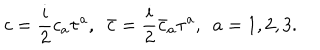
c = \frac { i } { 2 } c _ { a } \tau ^ { a } , ~ ~ \bar { c } = \frac { i } { 2 } \bar { c } _ { a } \tau ^ { a } , ~ ~ a = 1 , 2 , 3 .